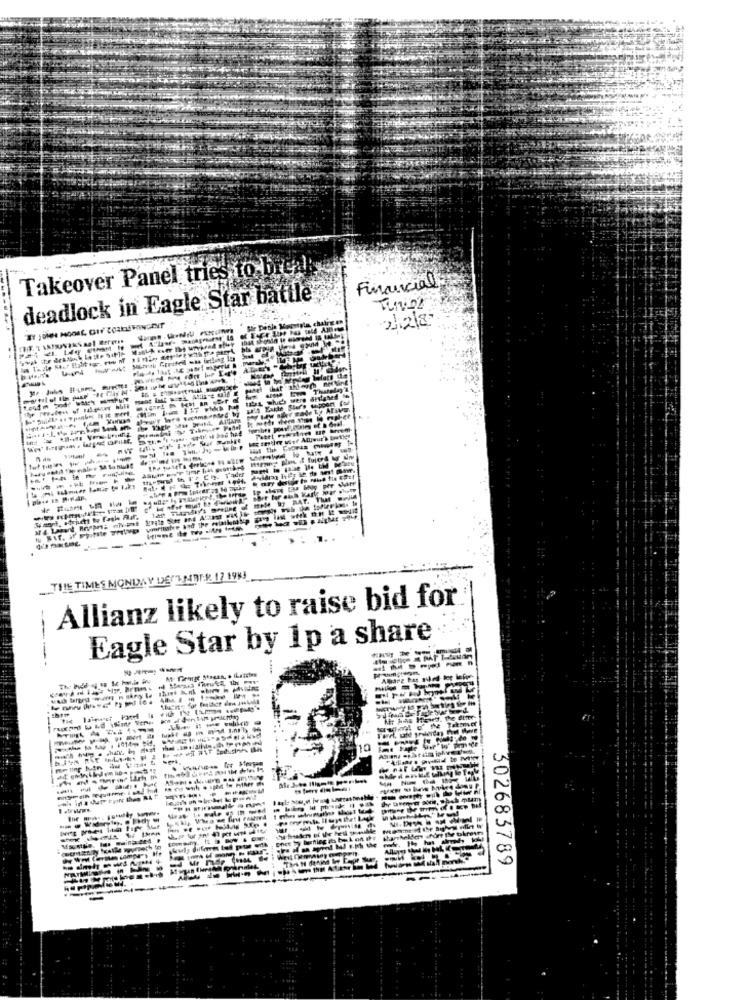
Takeover Panel tries to break
Financial
deadlock in Eagle Star battle
228
---
HA Lake
---------
-
-
THE TIMES MONDAY DET MIDT.B. 17 19KJ
Allianz likely to raise bid for
Eagle Star by 1p a share
---
The d
10
-----
-----
302683789